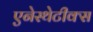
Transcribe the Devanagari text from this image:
एनेस्थेटीक्स